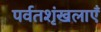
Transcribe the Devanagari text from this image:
पर्वतशृंखलाएँ